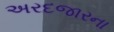
અરદજારના